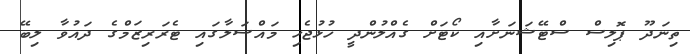
ތިނަދޫ ޕޮލިސް ސްޓޭޝަނަށާއި ކޯޓަށް ގެއްލުންދީ ހުޅުޖެހި މައްސަލާގައި ޓެރަރިޒަމްގެ ދައުވާ ލިބޭ